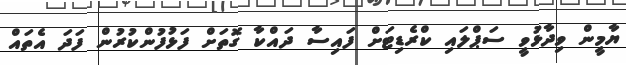
ޔާމީން ވިދާޅުވީ ސަޕްލައި ކްރެޑިޓަށް ފައިސާ ދައްކާ ގޮތަށް ފަޅުފުންކުރުން ފަދަ އެތައް